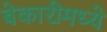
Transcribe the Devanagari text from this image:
बेकारीमध्ये